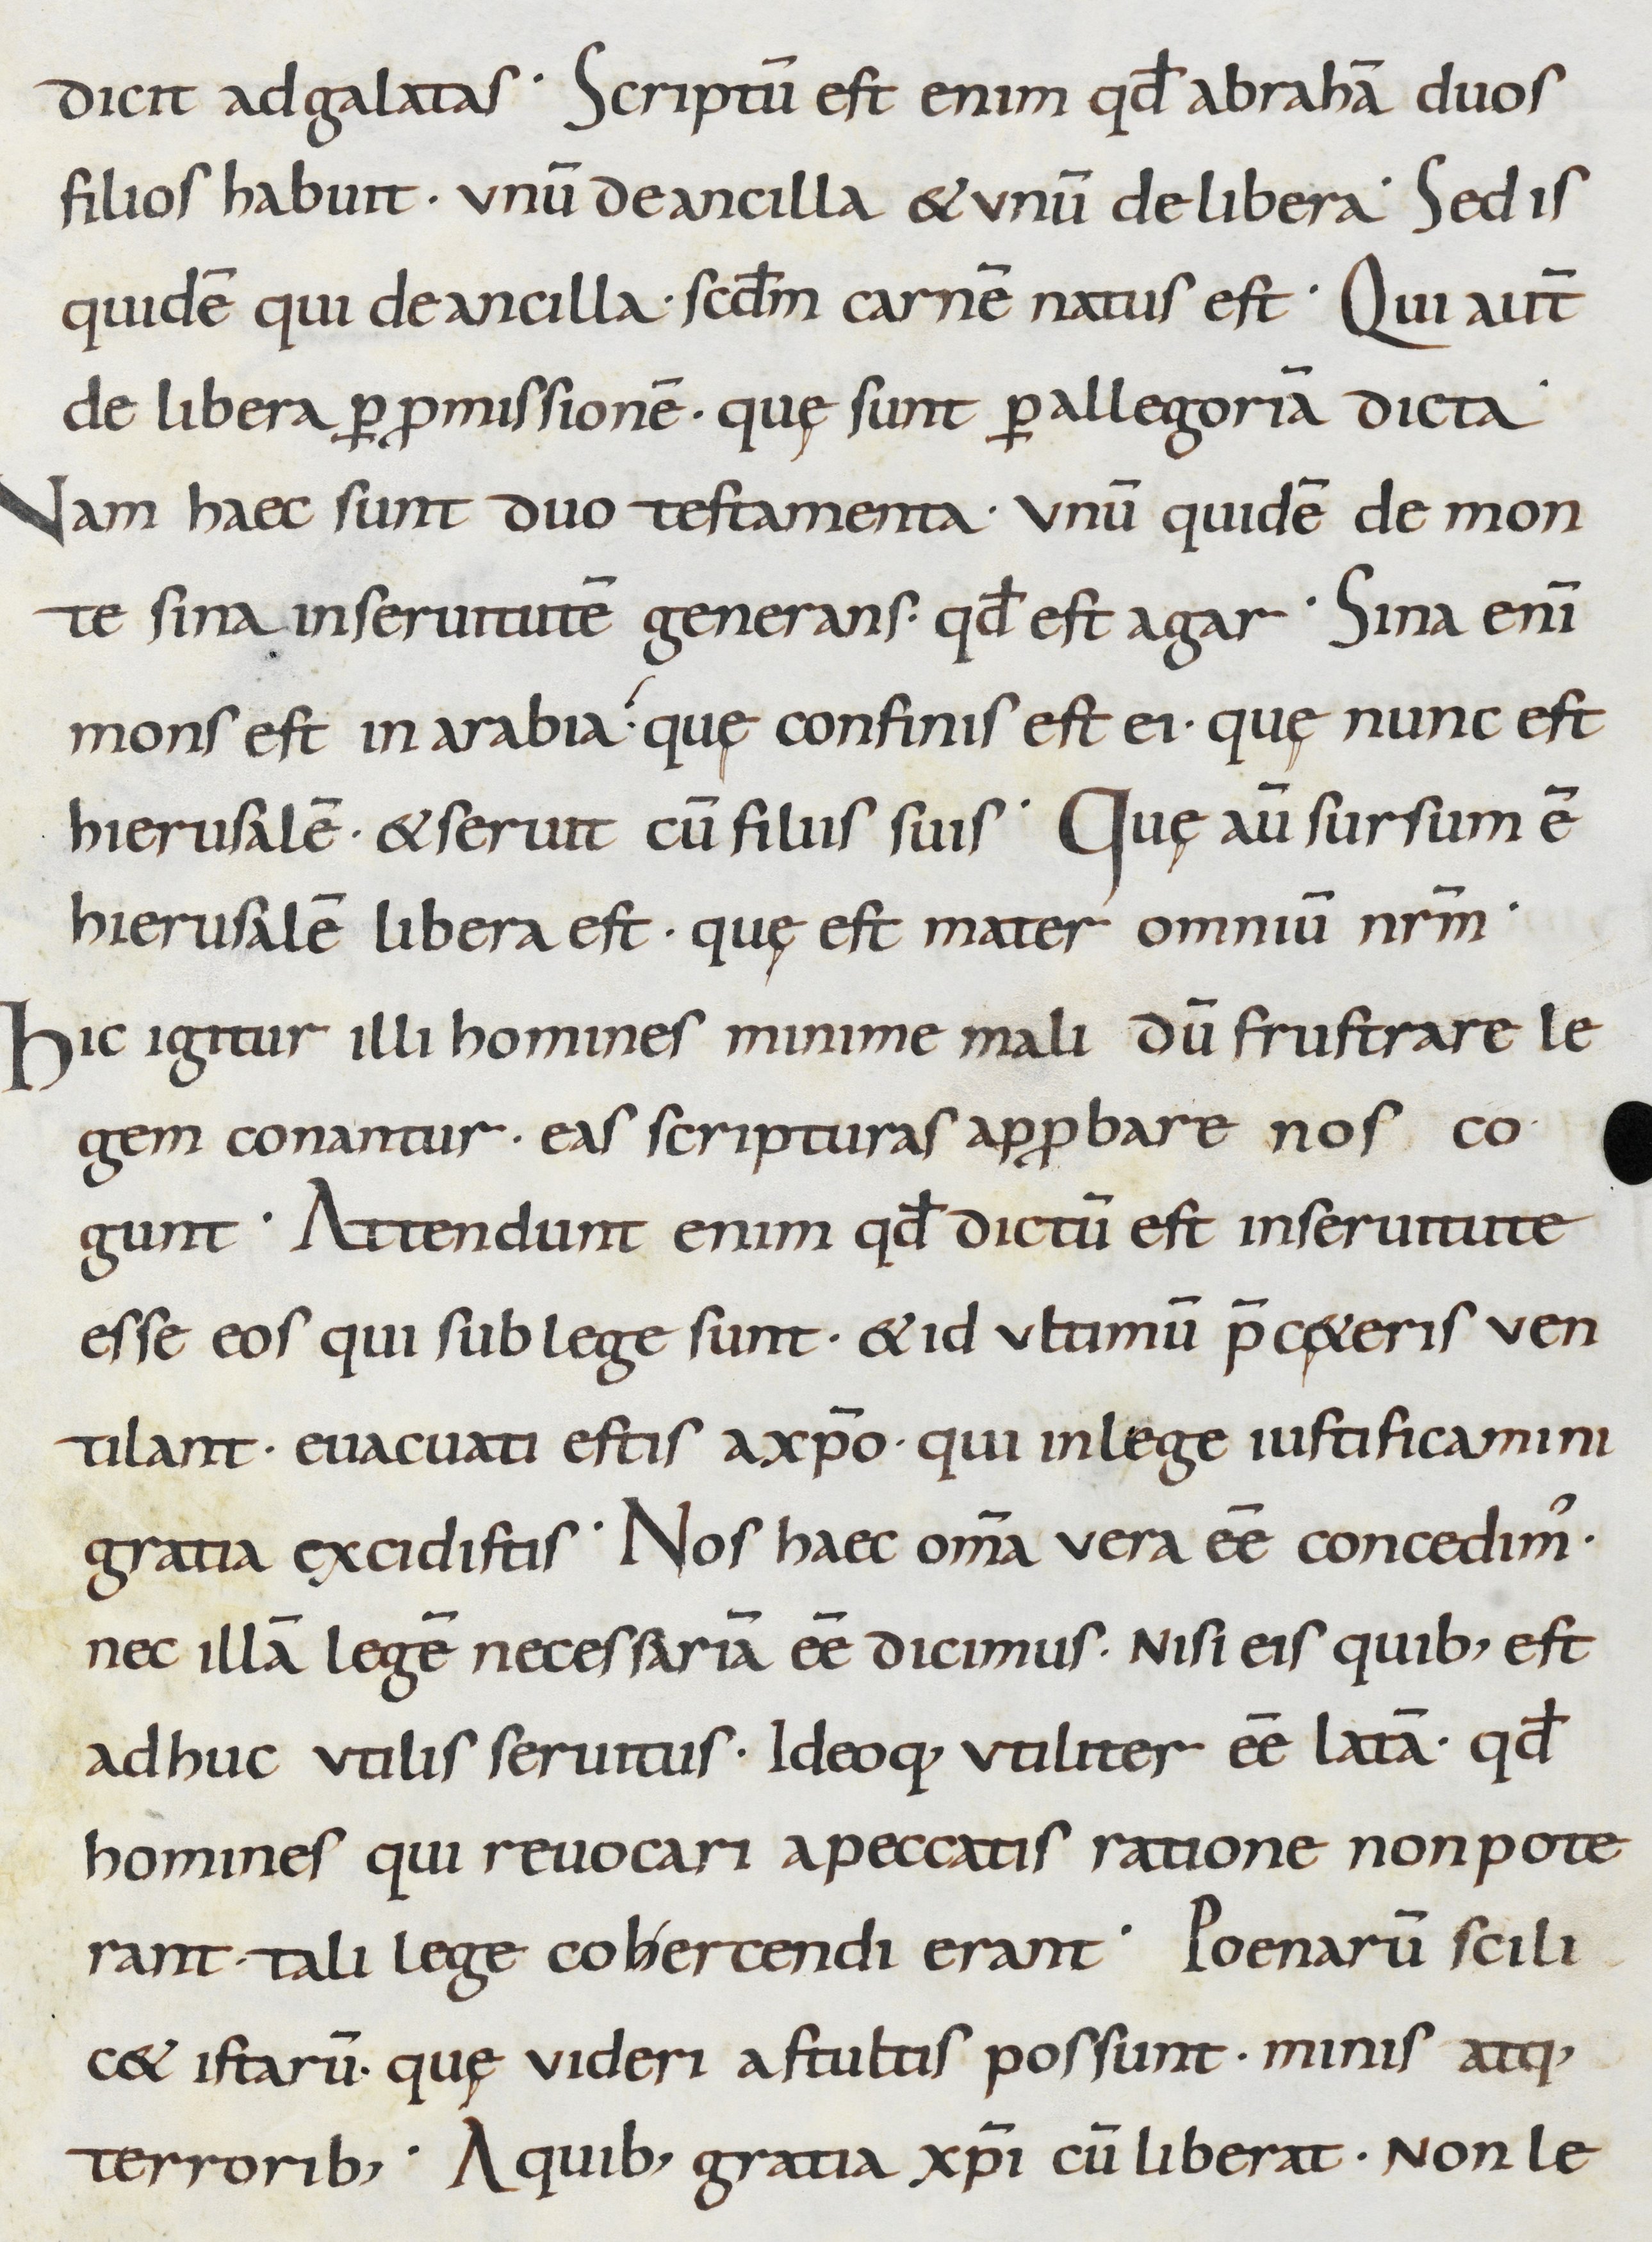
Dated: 800–899